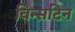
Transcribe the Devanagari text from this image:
विन्सटिन